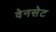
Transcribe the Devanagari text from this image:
वेनसेट